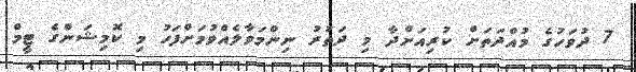
7 ދުވަހުގެ މުއްދަތަށް ކުރިއަށްދާ މި ދަތުރު ނިންމަވާލެއްވުމަށްފަހު މި ކޮމިޝަންގެ ޓީމް